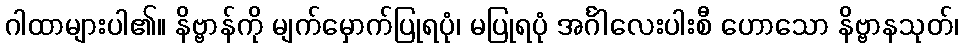
ဂါထာများပါ၏။ နိဗ္ဗာန်ကို မျက်မှောက်ပြုရပုံ၊ မပြုရပုံ အင်္ဂါလေးပါးစီ ဟောသော နိဗ္ဗာနသုတ်၊